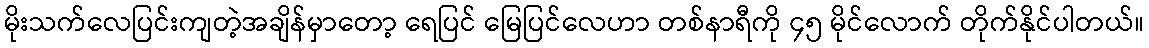
မိုးသက်လေပြင်းကျတဲ့အချိန်မှာတော့ ရေပြင် မြေပြင်လေဟာ တစ်နာရီကို ၄၅ မိုင်လောက် တိုက်နိုင်ပါတယ်။